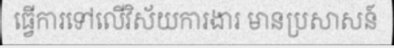
ធ្វើការទៅលើវិស័យការងារ មានប្រសាសន៍